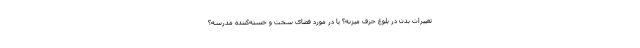
تغییرات بدن در بلوغ حرف میزنه؟ یا در مورد فضای سخت و خسته‌کننده مدرسه؟